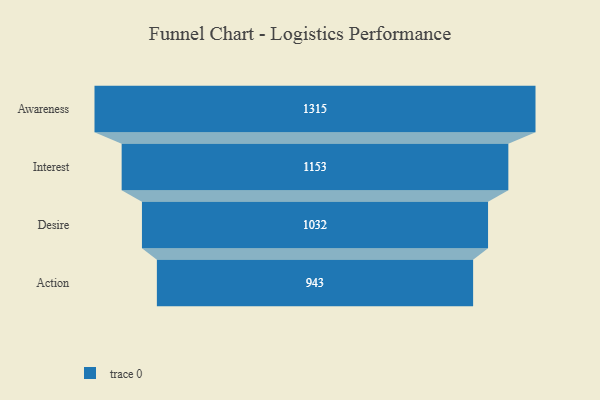
{"axis": {"x": "Stage", "y": "Value"}, "legend": [""], "data": [{"x": "Awareness", "y": 1315.0, "type": ""}, {"x": "Interest", "y": 1153.0, "type": ""}, {"x": "Desire", "y": 1032.0, "type": ""}, {"x": "Action", "y": 943.0, "type": ""}]}